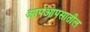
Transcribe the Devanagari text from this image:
आपआपसातील